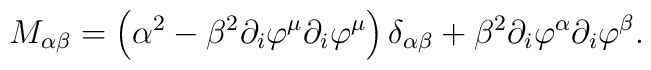
M_{\alpha \beta }=\left( \alpha ^2-\beta ^2\partial _i\varphi ^\mu \partial_i\varphi ^\mu \right) \delta _{\alpha \beta }+\beta ^2\partial _i\varphi^\alpha \partial _i\varphi ^\beta .